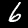
Label: 6